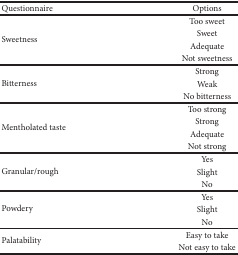
| Questionnaire | Options |
 | --- | --- |
 | <ROWSPAN=4> Sweetness | Too sweet |
 | Sweet |
 | Adequate |
 | Not sweetness |
 | <ROWSPAN=3> Bitterness | Strong |
 | Weak |
 | No bitterness |
 | <ROWSPAN=4> Mentholated taste | Too strong |
 | Strong |
 | Adequate |
 | Not strong |
 | <ROWSPAN=3> Granular/rough | Yes |
 | Slight |
 | No |
 | <ROWSPAN=3> Powdery | Yes |
 | Slight |
 | No |
 | <ROWSPAN=2> Palatability | Easy to take |
 | Not easy to take |